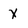
Character: X